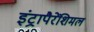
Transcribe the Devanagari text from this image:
इंट्रापैरेंशिमल